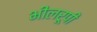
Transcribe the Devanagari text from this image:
भीलरूपी